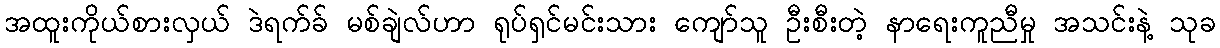
အထူးကိုယ်စားလှယ် ဒဲရက်ခ် မစ်ချဲလ်ဟာ ရုပ်ရှင်မင်းသား ကျော်သူ ဦးစီးတဲ့ နာရေးကူညီမှု အသင်းနဲ့ သုခ